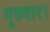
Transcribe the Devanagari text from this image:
गुरुवार।